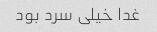
غدا خیلی سرد بود